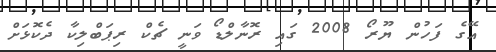
އޭގެ ފަހުން ޔޫރޯ 2008 ގައި ރޮނާލްޑޯ ވަނީ ޗެކް ރިޕަބްލިކާ ދެކޮޅަށް